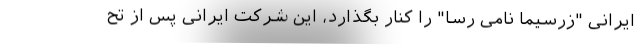
ایرانی "زرسیما نامی رسا" را كنار بگذارد، این شركت ایرانی پس از تح